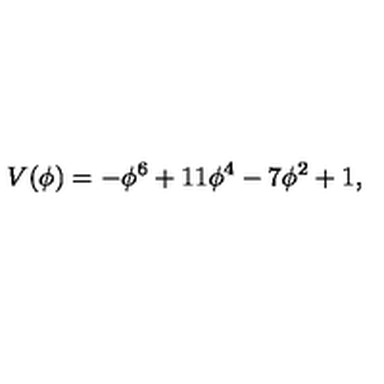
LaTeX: V ( \phi ) = - \phi ^ { 6 } + 1 1 \phi ^ { 4 } - 7 \phi ^ { 2 } + 1 ,